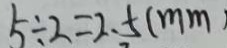
5 \div 2 = 2 . 5 ( m m )